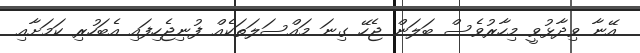
އޭނާ ވިދާޅުވީ މިހާރުވެސް ބަލަން ޖެހޭ ގިނަ މައްސަލަތަކެއް ފުނިޖެހިފައި އެބަހުރި ކަމަށާއި